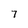
Character: 7